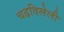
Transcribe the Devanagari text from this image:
चढविलेली